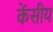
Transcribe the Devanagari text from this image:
केंसीय